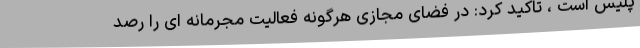
پلیس است ، تاکید کرد: در فضای مجازی هرگونه فعالیت مجرمانه ای را رصد